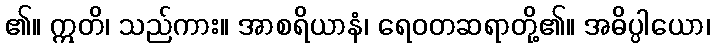
၏။ ဣတိ၊ သည်ကား။ အာစရိယာနံ၊ ရေဝတဆရာတို့၏။ အဓိပ္ပါယော၊